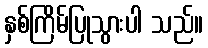
နှစ်ကြိမ်ပြုသွားပါ သည်။